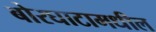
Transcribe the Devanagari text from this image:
बोरघाटामधील